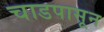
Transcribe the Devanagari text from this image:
चाडपासून